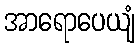
အာရောပေယျံ